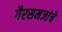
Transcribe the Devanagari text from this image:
गैरसमजांचे